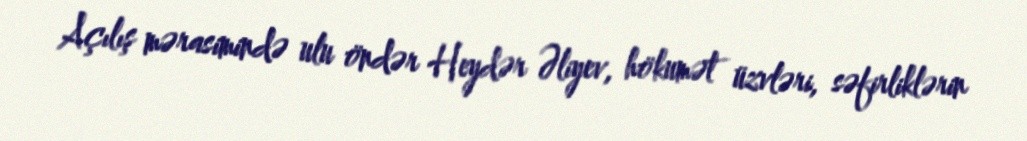
Açılış mərasimində ulu öndər Heydər Əliyev, hökumət üzvləri, səfirliklərin